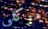
موكلي